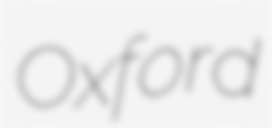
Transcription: Oxford